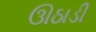
ઊઠાડી